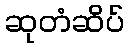
ဆုတံဆိပ်